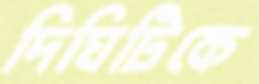
দিঘিটিকে